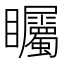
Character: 矚